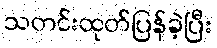
သတင်းထုတ်ပြန်ခဲ့ပြီး